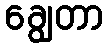
ချွေတာ